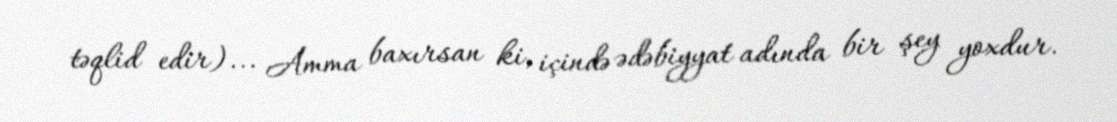
təqlid edir)... Amma baxırsan ki, içində ədəbiyyat adında bir şey yoxdur.